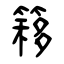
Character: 簃